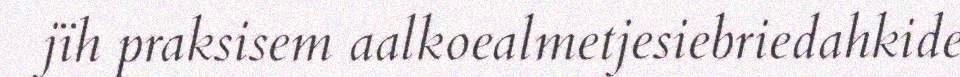
jïh praksisem aalkoealmetjesiebriedahkide